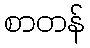
စာတန်